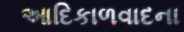
આદિકાળવાદના